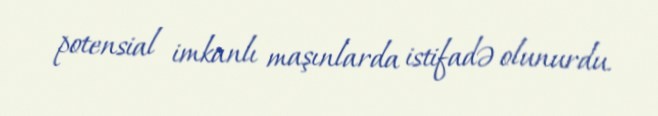
potensial imkanlı maşınlarda istifadə olunurdu.